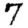
Digit: 7